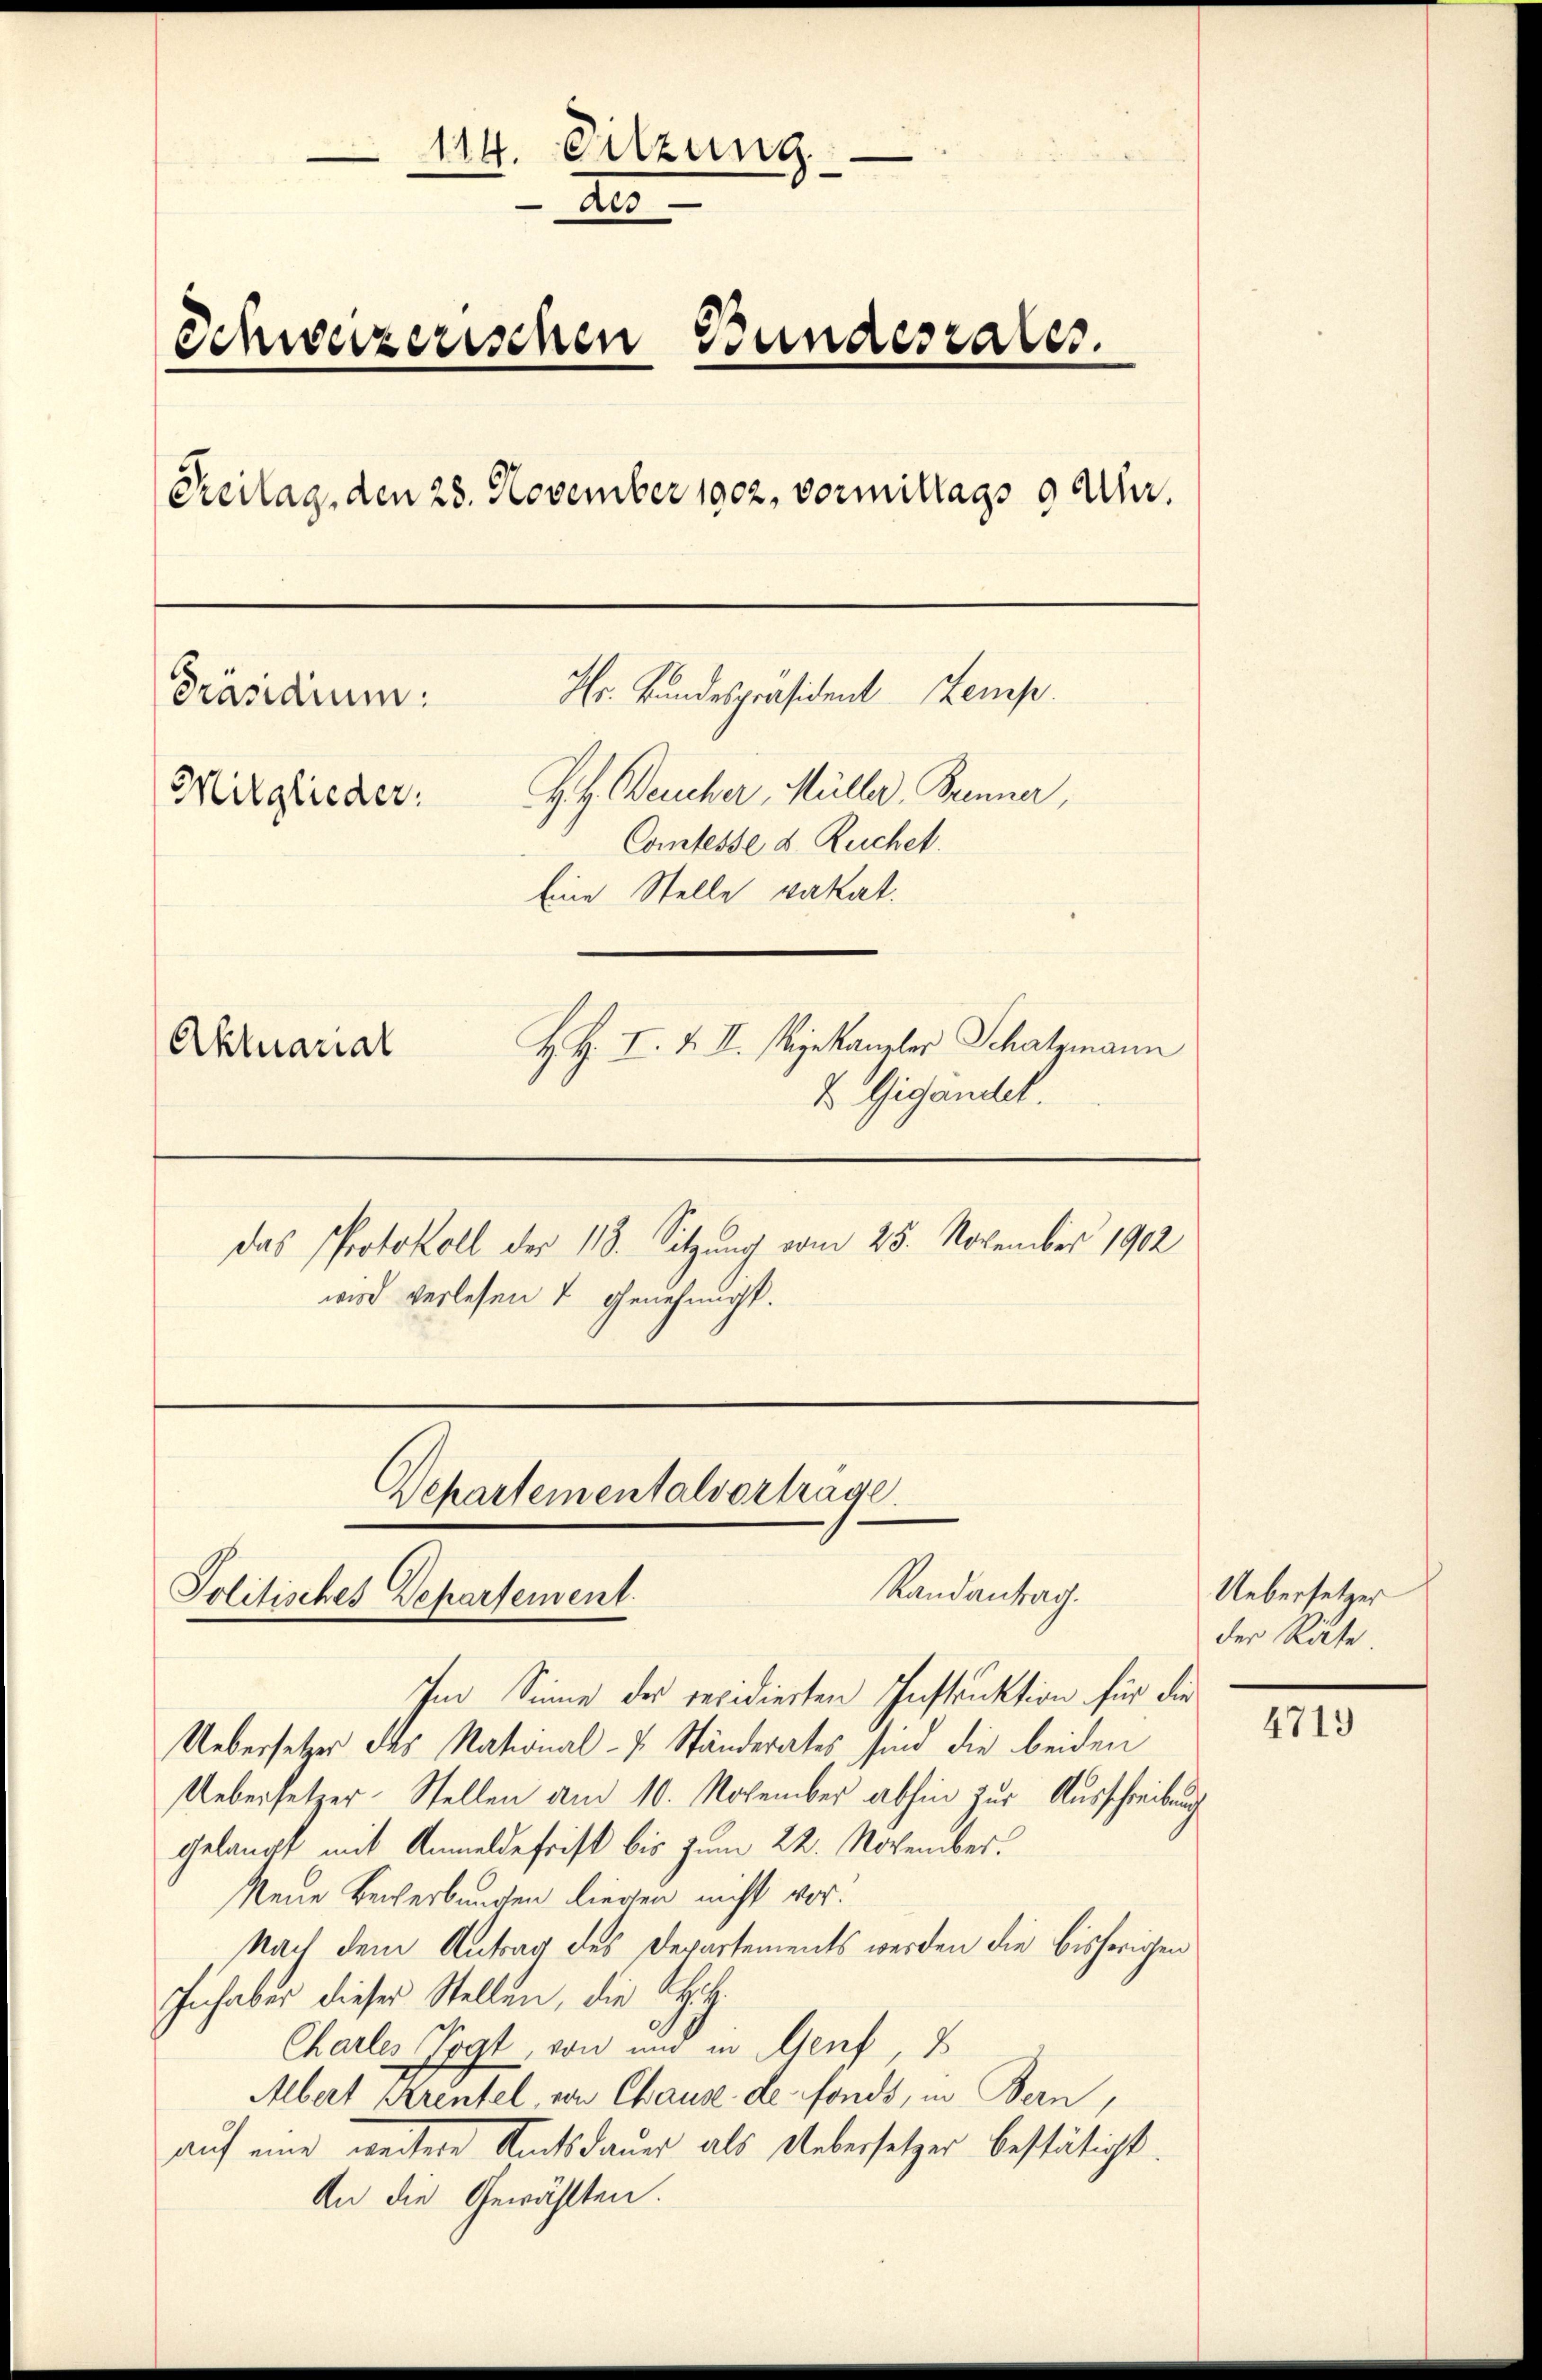
114. Sitzung
e
2
Schweizerischen Bundesrates.
Kreilag, den 28. November 1902, vormittags 9 Uhr.
Hr. Bundespräsident emp
Präsidium.
H. H. Deucher, Müller, Brenner,
Mitglieder.
Comtesse d. Ruchet.
Eine Stelle vakat.
H. H. I. & II. Mijekanzler Schatzmann
Aktuarial
2 Gigandel.
das Protokoll der 118. Sitzung vom 25. November 1902
wird verlesen & genehmigt.

Departementalvortrage.
Randantrag.
Politisches Departement.
Im Sinne des revidierten Instruktion für die

Uebersetzer des National - 7. Ständerates sind die beiden
Uebersetzer-Stellen am 10. November abhin zur Ausschreibung
gelangt mit Anmelde frist bis zum 22. November.
Neue Bewerbungen liegen nicht vor.
Nach dem Antrag des Departements werden die bisherigen
Inhaber dieser Stellen, die H.H.
Charles Vogt, von und in Genf,
Albert Krentel, von Chause de fonds, in Bern,
auf eine weitere Amtsdauer als Uebersetzer bestätigt.
An die Gewählten.

Uebersetzer
der Räte

4713